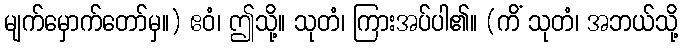
မျက်မှောက်တော်မှ။) ဧဝံ၊ ဤသို့။ သုတံ၊ ကြားအပ်ပါ၏။ (ကိံ သုတံ၊ အဘယ်သို့